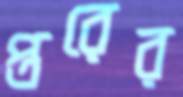
প্তরের